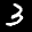
Label: 3